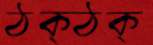
ঠক্‌ঠক্‌